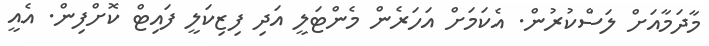
މާދަމާއަށް ލަސްކުރުން. އެކަމަށް އަހަރެން މެންޓަލީ އަދި ފިޒިކަލީ ފައިޓް ކޮށްފިން. އެއީ